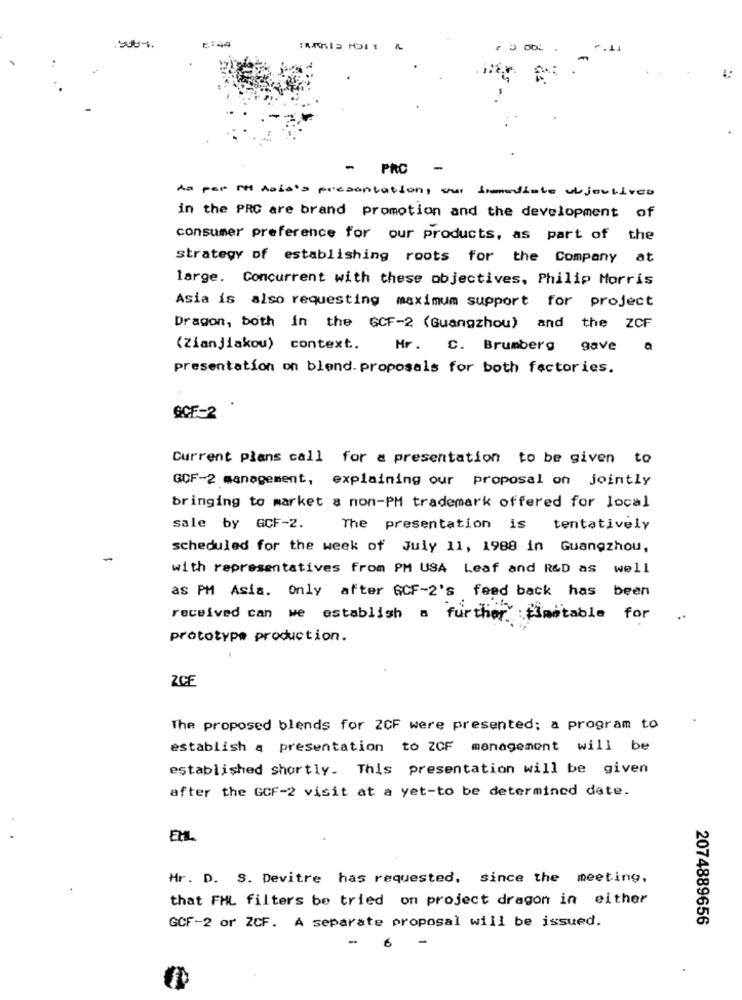
6:44
5.41
- PAC
-
As per Me habéis presentation, our immediate ul jeulives
in the PRC are brand promotion and the development of
consumer preference for our products, as part of the
strategy of establishing roots for the Company at
large. Concurrent with these objectives, Philip Morris
Asia is also requesting maximum support for project
Dragon, both in the GCF-2 (Guangzhou) and the ZCF
(Zianjiakou) context.
Mr. C. Brumberg
gave
a
presentation on blend. proposals for both factories.
SCF-2
Current plans call for a presentation to be given to
GCF-2 management, explaining our proposal on jointly
bringing to market & non-PM trademark offered for local
sale by GCF-2.
The presentation is tentatively
scheduled for the week of July 11, 1988 in Guangzhou,
-
with representatives from PM USA Leaf and R&D as well
as PM Asia. Only after GCF-2's feed back has been
received can we establish a further :timetable for
..
prototype production.
ZCE
The proposed blends for 2CF were presented; a program to
establish a presentation to ZCF management will be
established shortly. This presentation will be given
after the GCF-2 visit at a yet-to be determined date.
EMIL
Hr. D. S. Devitre has requested, since the meeting,
that FML filters be tried on project dragon in either
GCF-2 or ZCF. A separate proposal will be issued.
2074889656